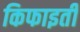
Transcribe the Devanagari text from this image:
किफाइती